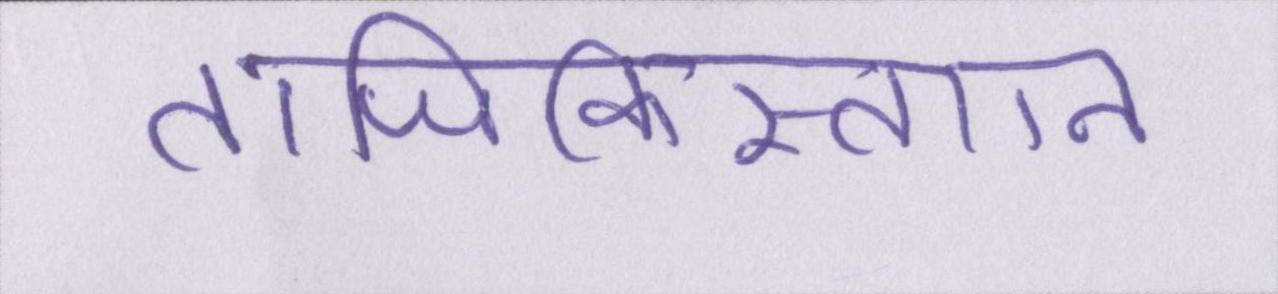
ताजिकिस्तान